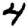
Digit: 4